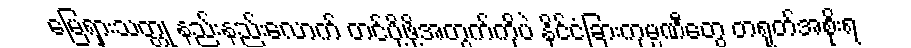
မြေရှားသတ္တု နည်းနည်းလောက် တင်ပို့ဖို့အတွက်ကိုပဲ နိုင်ငံခြားကုမ္ပဏီတွေ တရုတ်အစိုးရ